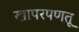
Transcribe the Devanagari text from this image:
खापरपणतू